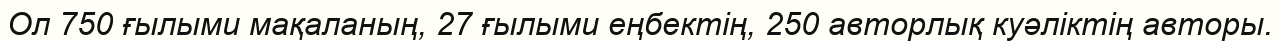
Ол 750 ғылыми мақаланың, 27 ғылыми еңбектің, 250 авторлық куәліктің авторы.